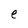
Character: e